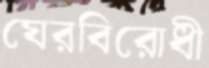
ঘেরবিরোধী